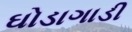
ઘોડાગાડી